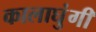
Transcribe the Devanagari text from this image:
कालाघुंगी